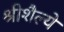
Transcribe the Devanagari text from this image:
श्रीशैल्ये